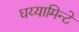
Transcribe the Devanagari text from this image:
घय्यामिन्टे